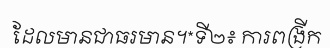
ដែលមានជាធរមាន។*ទី២៖ ការពង្រីក